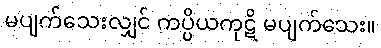
မပျက်သေးလျှင် ကပ္ပိယကုဋိ မပျက်သေး။